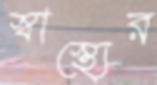
স্বাস্থ্যের